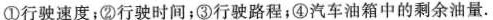
①行驶速度；②行驶时间；③行驶路程；④汽车油箱中的剩余油量。